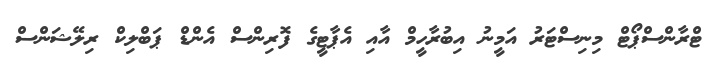
ޓްރާންސްޕޯޓް މިނިސްޓަރު އަމީނު އިބުރާހީމް އާއި އެޕާޓީގެ ފޮރިންސް އެންޑް ޕަބްލިކް ރިލޭޝަންސް